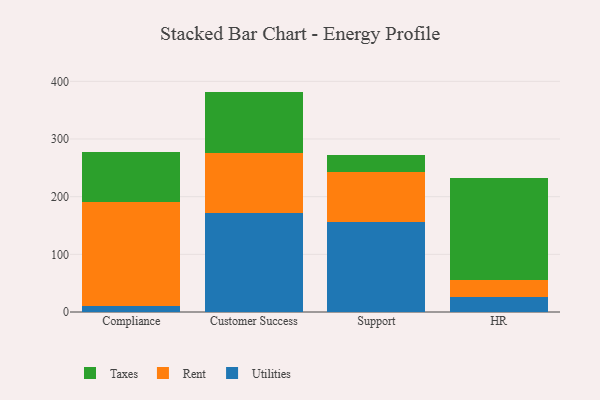
{"axis": {"x": "Department", "y": "Customer Acquisition Cost (USD)"}, "legend": ["Rent", "Taxes", "Utilities"], "data": [{"x": "Compliance", "y": 11.0, "type": "Utilities"}, {"x": "Compliance", "y": 179.8, "type": "Rent"}, {"x": "Compliance", "y": 86.7, "type": "Taxes"}, {"x": "Customer Success", "y": 171.1, "type": "Utilities"}, {"x": "Customer Success", "y": 104.8, "type": "Rent"}, {"x": "Customer Success", "y": 106.3, "type": "Taxes"}, {"x": "Support", "y": 156.3, "type": "Utilities"}, {"x": "Support", "y": 86.8, "type": "Rent"}, {"x": "Support", "y": 29.1, "type": "Taxes"}, {"x": "HR", "y": 26.8, "type": "Utilities"}, {"x": "HR", "y": 28.7, "type": "Rent"}, {"x": "HR", "y": 177.0, "type": "Taxes"}]}